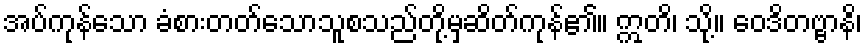
အပ်ကုန်သော ခံစားတတ်သောသူစသည်တို့မှဆိတ်ကုန်၏။ ဣတိ၊ သို့။ ဝေဒိတဗ္ဗာနိ၊